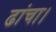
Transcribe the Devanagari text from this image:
ढांचा।